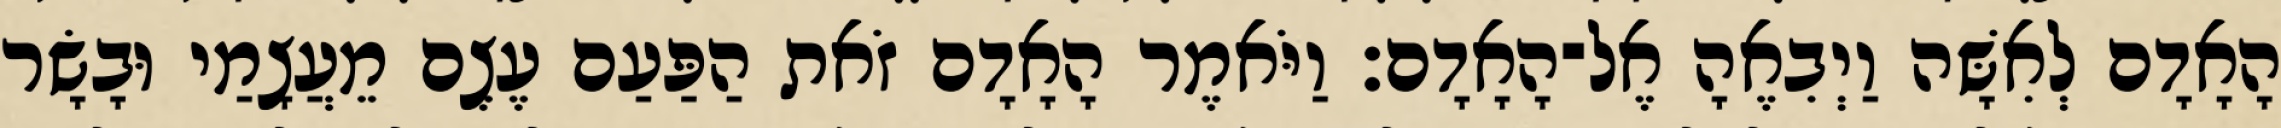
הָאָדָם לְאִשָּׁה וַיְבִאֶהָ אֶל־הָאָדָם׃ וַיֹּאמֶר הָאָדָם זֹאת הַפַּעַם עֶצֶם מֵעֲצָמַי וּבָשָׂר